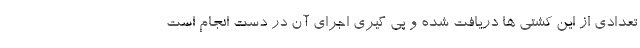
تعدادی از این کشتی ها دریافت شده و پی گیری اجرای آن در دست انجام است